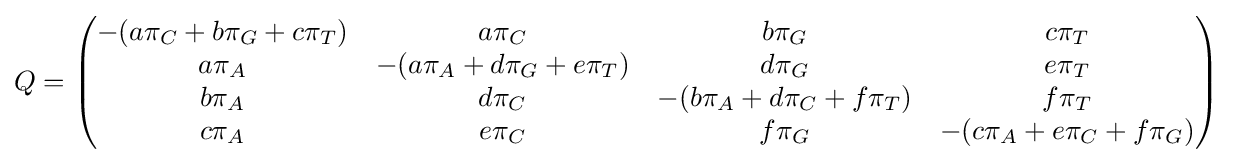
Q={\begin{pmatrix}{-(a\pi _{C}+b\pi _{G}+c\pi _{T})}&a\pi _{C}&b\pi _{G}&c\pi _{T}\\a\pi _{A}&{-(a\pi _{A}+d\pi _{G}+e\pi _{T})}&d\pi _{G}&e\pi _{T}\\b\pi _{A}&d\pi _{C}&{-(b\pi _{A}+d\pi _{C}+f\pi _{T})}&f\pi _{T}\\c\pi _{A}&e\pi _{C}&f\pi _{G}&{-(c\pi _{A}+e\pi _{C}+f\pi _{G})}\end{pmatrix}}